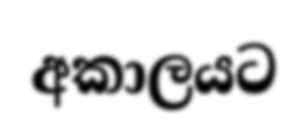
අකාලයට